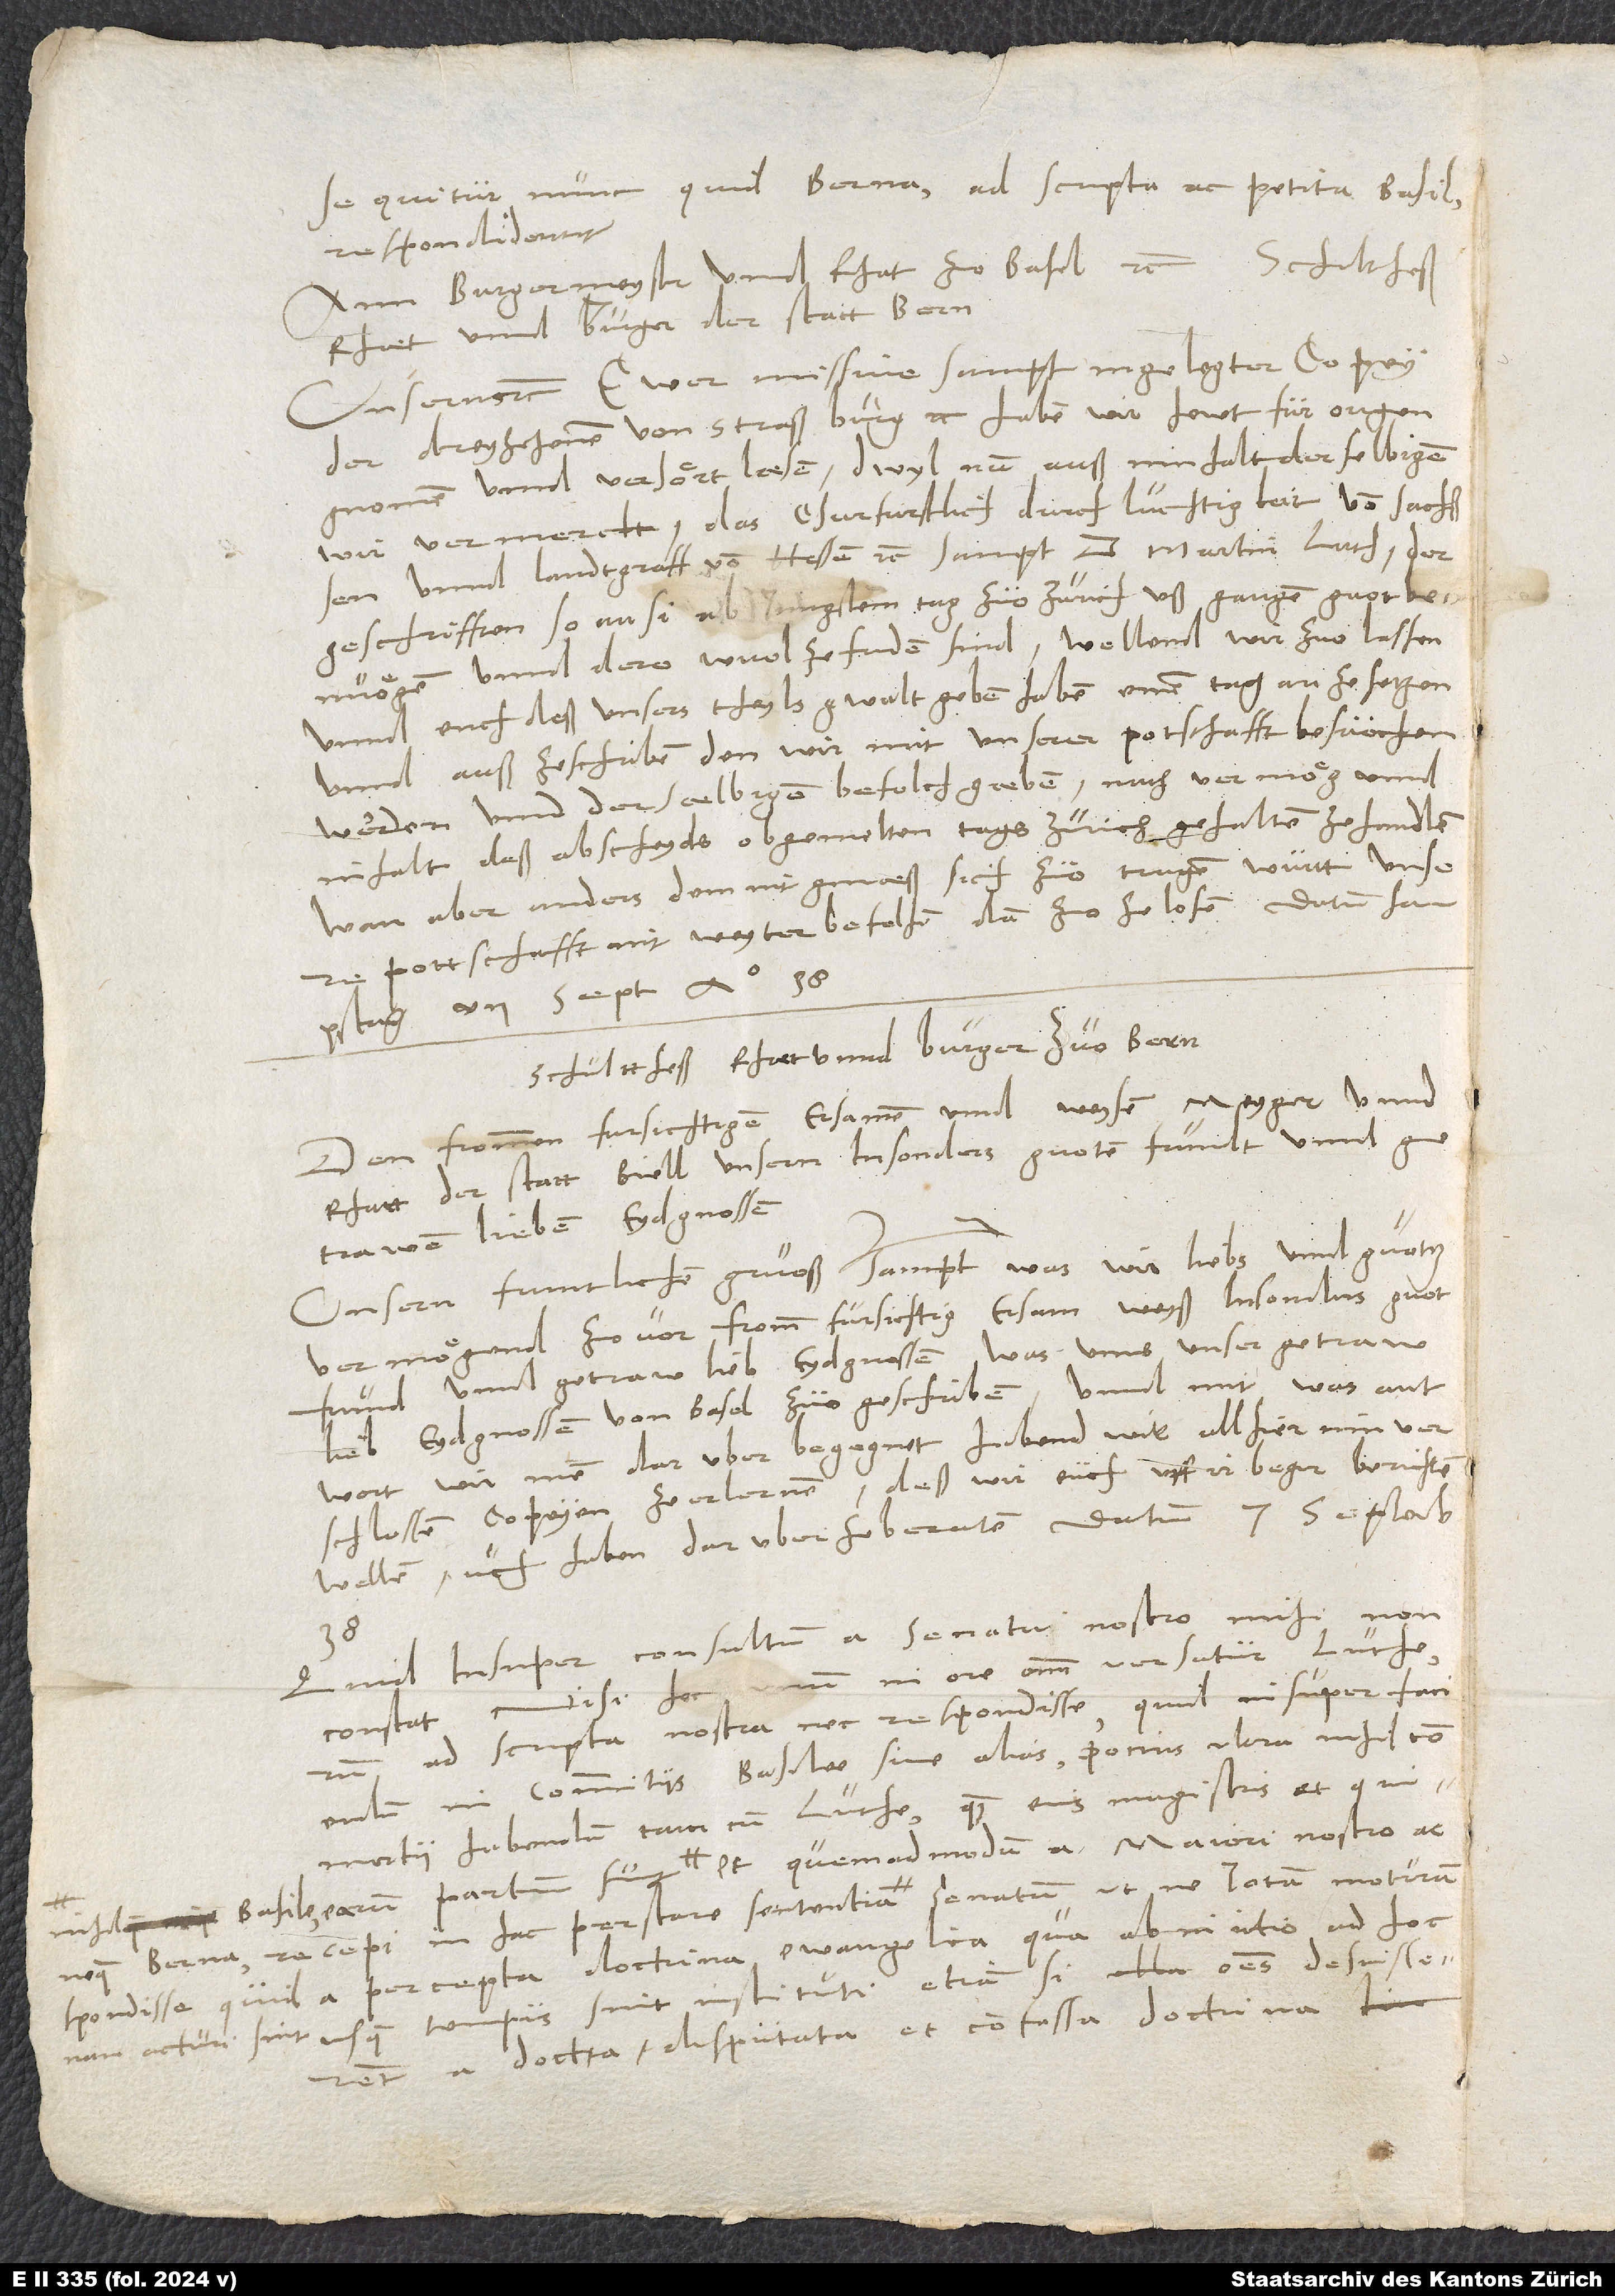
„Ann burgermeyster unnd rhat zuo Basel etc., schultheß,
rhaet unnd burger der statt Bern.
Unsern etc. Ewer missive sampt ingelegter copey
der dreyzehenen von Straßburg etc. haben wir hewt fur ougen
gnomen unnd verhört laesen. Dwyl nun auß innhalt derselbigen
wir vermerckt, das churfurstlich durchluchtigkeit von Sachßen
unnd landtgraff von Heßen etc. sampt d Martin Luther
geschrifften, so an si ab jüngstem tag zuo Zurich ußgangen, guot benuögen
unnd dero wuol zefriden sind, wellend wir zuolassen
unnd euch deß unsers theyls gwalt geben haben, einen tag anzesetzen
unnd außzeschriben, den wir mit unserer potschafft besuochen
werden unnd derselbigen befelch gaeben, nach vermög unnd
inhalt deß abscheyds obgemelten tags, Zurich gehalten, ze handlen.
Wan aber anders, dem nit gmaeß, sich zuotragen, wurtt unsere
pottschafft nit weyter befolhen dan zuozelosen. Datum
„Schulttheß, rhaet unnd burger zuo Bern.
Den frommen, fursichtigen, ersamen unnd weysen meyger unnd
rhaet der statt Biell, unsern insonders guoten frundt unnd
Unsern fruntlichen gruoß, sampt was wir liebs unnd guotz
vermögend, zuovor. Fromm, fursichtig, ersam, weyß, insonders guot
frund unnd getraw, lieb eydgnossen, was unns unser getraw,
lieb eydgnossen von Basel zuogeschriben unnd mit was antwort
wir inen daruber begegnet haben, wie allhier inn
verschlossen copeyen ze erlernen, deß wir euch uff ir beger berichten
wellen, uch haben daruber ze beraten. Datum 7. septembris
38.
Quid insuper consultum a senatu nostro, mihi non
constat nisi hoc unum in ore omnium versatur Lutherum
ad scripta nostra nec respondisse, quid insuper faciendum
in commitiis Basilee sive alias, potius ultra nihil commertii
habendum tam cum Luthero quam eius magistris et qui
accepi, in hac perstare sententia senatum, ut ne iotam moturum
usque tempus sint instituti, etiam si omnes desciscerent
a docta, disputata et confessa doctrina